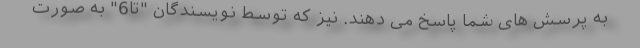
به پرسش های شما پاسخ می دهند. نیز که توسط نویسندگان "تا6" به صورت